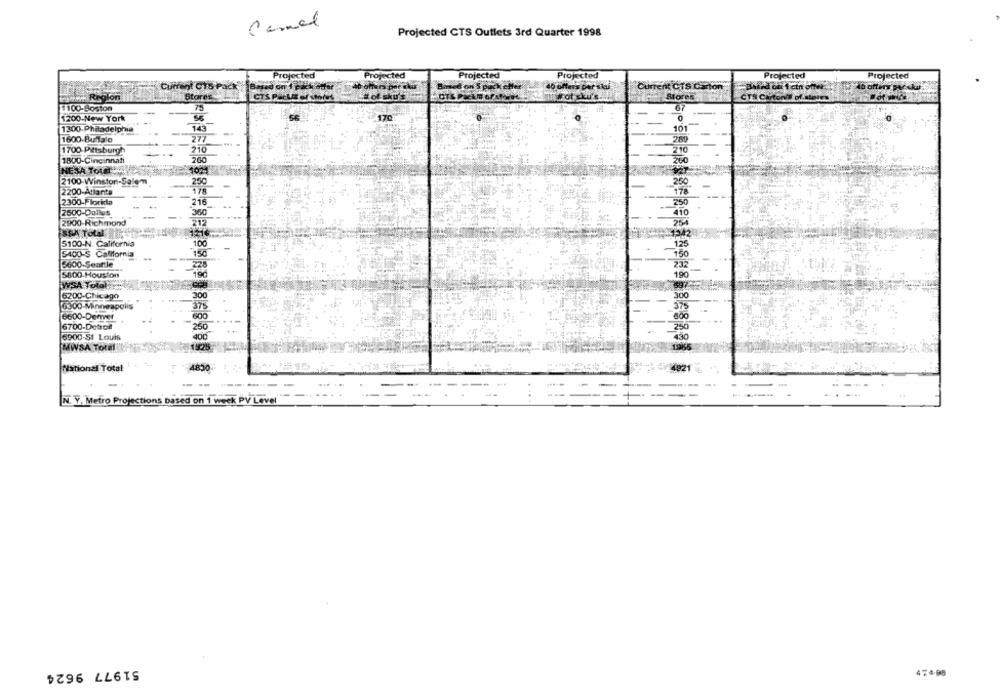
Camel
Projected CTS Outlets 3rd Quarter 1998
Projected
Projected
Projected
Projected
Projected
Projected
Current CTS Pack Based on I pack ader
Based on 5 pack eller
40 offers per stai
ent CTS Carton
Region
Stores
CTS Parts of stores
# of sku's
# of sku's.
Stores
CTS Cartoni# of.sieres
1100-Boston
75
67
1200-New York
170
0
1300-Philadelphia
145
101
1600.Bu3 0
277
289
1700-Pittsburgh
210
210
1800-Cincinnati
260
200
SA Total
102
2100-Winston-Salem
250
250
2200-Atlanta
2300-Florida
250
216
2500-Dallas
360
2900-Richmond
212
SSA Total
5100-N. California
100
5400-S California
150
150
5600-Seattle
5800-Houston
190
190
WSA Total
6200-Chicago
300
300
6300 Minneapolis
375
375
6600-Demer
600
600
6700-Detrce
250
250
6900-St Louis
400
MWSA TotMl
1325
National Total
4850
N. Y. Metro Projections based on 1 week PV Level"
51977 9624
474.95